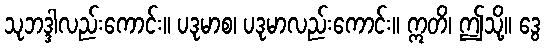
သုဘဒ္ဒါလည်းကောင်း။ ပဒုမာစ၊ ပဒုမာလည်းကောင်း။ ဣတိ၊ ဤသို့။ ဒွေ